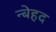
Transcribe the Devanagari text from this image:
न्बेहद